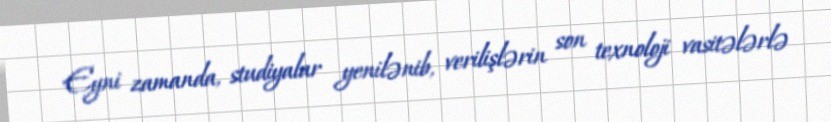
Eyni zamanda, studiyalar yenilənib, verilişlərin son texnoloji vasitələrlə